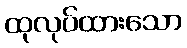
ထုလုပ်ထားသော